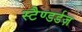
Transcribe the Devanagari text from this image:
स्टैण्डर्डज़